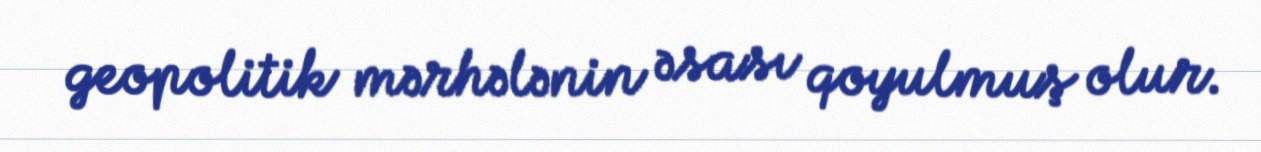
geopolitik mərhələnin əsası qoyulmuş olur.